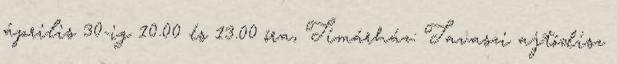
április 30-ig 10.00 és 13.00 óra, Tímárház: Tavaszi ajtódísz